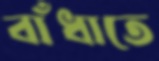
বাঁধাতে